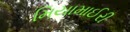
મિયામાઈરી